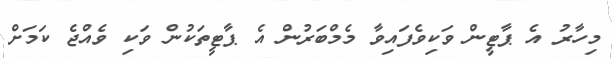
މިހާރު އެ ޕާޓީން ވަކިވެފައިވާ މެމްބަރުން އެ ޕާޓީތަކުން ވަކި ވެއްޖެ ކަމަށް